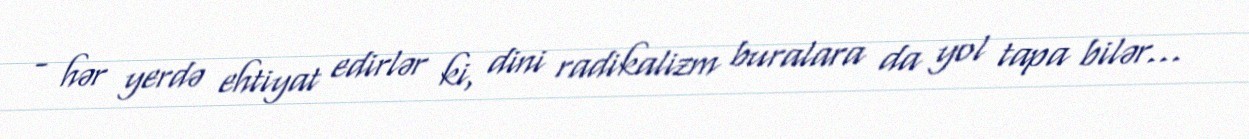
- hər yerdə ehtiyat edirlər ki, dini radikalizm buralara da yol tapa bilər...